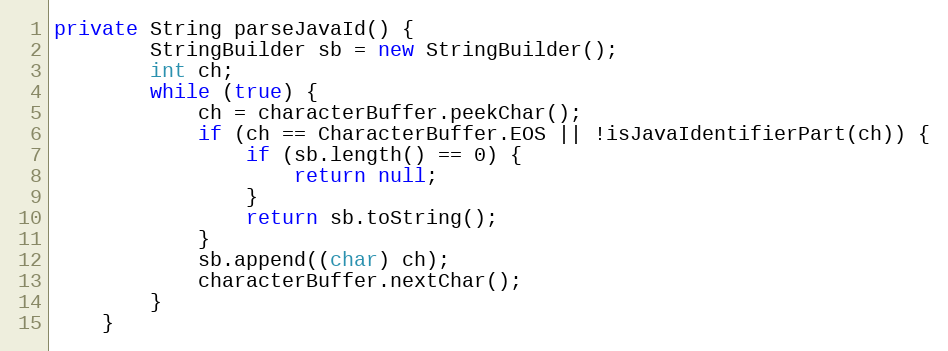
Language: Java
private String parseJavaId() {
		StringBuilder sb = new StringBuilder();
		int ch;
		while (true) {
			ch = characterBuffer.peekChar();
			if (ch == CharacterBuffer.EOS || !isJavaIdentifierPart(ch)) {
				if (sb.length() == 0) {
					return null;
				}
				return sb.toString();
			}
			sb.append((char) ch);
			characterBuffer.nextChar();
		}
	}